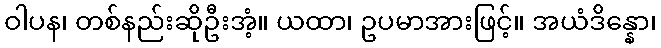
ဝါပန၊ တစ်နည်းဆိုဦးအံ့။ ယထာ၊ ဥပမာအားဖြင့်။ အယံဒိန္နော၊